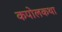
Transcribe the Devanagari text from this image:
कपोलकथा